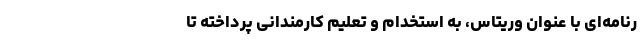
رنامه‌ای با عنوان وریتاس، به استخدام و تعلیم کارمندانی پرداخته تا